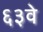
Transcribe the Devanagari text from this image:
६३वे